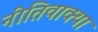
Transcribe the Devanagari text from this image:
नीतिवाक्या